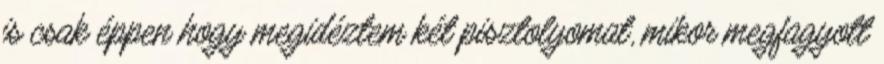
is csak éppen hogy megidéztem két pisztolyomat, mikor megfagyott